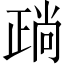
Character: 𣦎